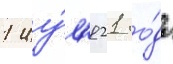
1 иу́л'я 21 го́да